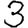
Digit: 3